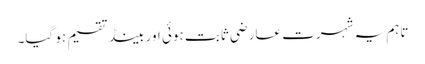
تاہم یہ شہرت عارضی ثابت ہوئی اور بینڈ تقسیم ہو گیا۔